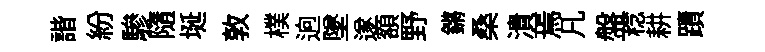
諧紛驂隨埏敦樸逈墜遂額野鏘桑潰焉凡盤稔耕蹟